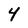
Character: 4